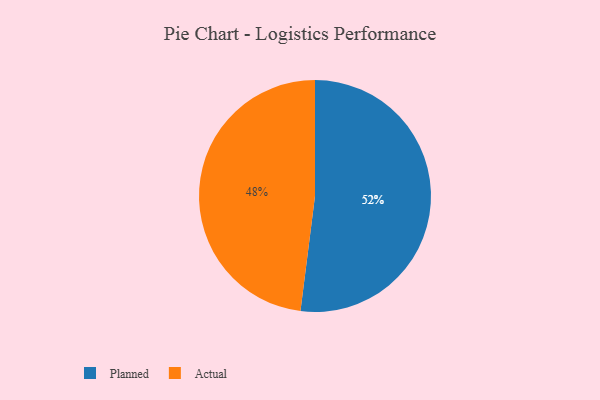
{"axis": {"x": "Category", "y": "Percentage"}, "legend": ["Actual", "Planned"], "data": [{"x": "Planned", "y": 52, "type": "Planned"}, {"x": "Actual", "y": 48, "type": "Actual"}]}